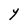
Character: Y